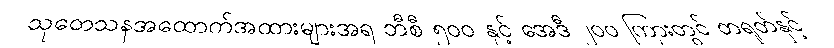
သုတေသနအထောက်အထားများအရ ဘီစီ ၅၀၀ နှင့် အေဒီ ၂၀၀ ကြားတွင် တရုတ်နှင့်